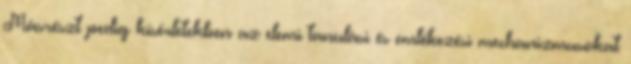
Másrészt pedig kísérletekben az elemi tanulási és emlékezési mechanizmusokat